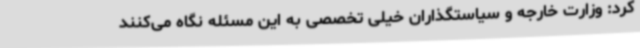
کرد: وزارت خارجه و سیاستگذاران خیلی تخصصی به این مسئله نگاه می‌کنند